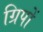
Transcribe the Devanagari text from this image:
ग्रिपों